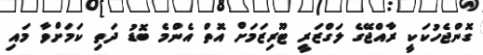
ގޮންޖެހުކަކީ ރާއްޖޭގެ ލަގްޒަރީ ޓޫރިޒަމަށް އޮތް އެންމެ ބޮޑު ދަތި ކަމަށްވާ މައި